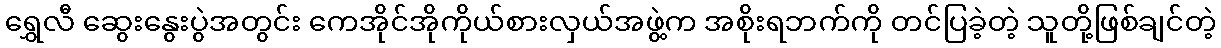
ရွှေလီ ဆွေးနွေးပွဲအတွင်း ကေအိုင်အိုကိုယ်စားလှယ်အဖွဲ့က အစိုးရဘက်ကို တင်ပြခဲ့တဲ့ သူတို့ဖြစ်ချင်တဲ့